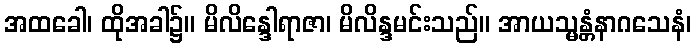
အထခေါ၊ ထိုအခါ၌။ မိလိန္ဒေါရာဇာ၊ မိလိန္ဒမင်းသည်။ အာယသ္မန္တံနာဂသေနံ၊